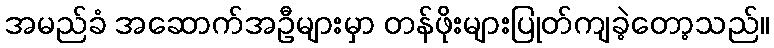
အမည်ခံ အဆောက်အဦများမှာ တန်ဖိုးများပြုတ်ကျခဲ့တော့သည်။